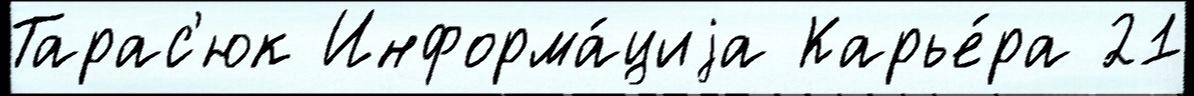
Тарас'юк Информа́циjа Карье́ра 21